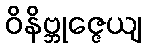
ဝိနိဗ္ဘုဇ္ဇေယျ